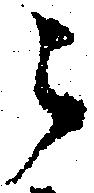
之